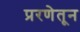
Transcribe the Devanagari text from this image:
प्ररणेतून